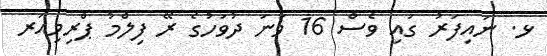
ޅ. ނައިފަރު ގައި ވެސް 16 ވަނަ ދުވަހުގެ ރޭ ފިލްމު ޕްރިމިއަރ